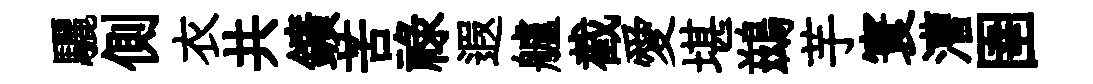
驪側衣共鑛苦祿遐艫截愛堪鷀芋寰漕圉